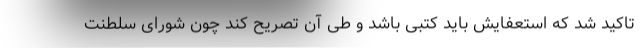
تاکید شد که استعفایش باید کتبی باشد و طی آن تصریح کند چون شورای سلطنت